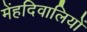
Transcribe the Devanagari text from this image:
मेंहदिवालियों